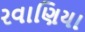
રવાણિયા